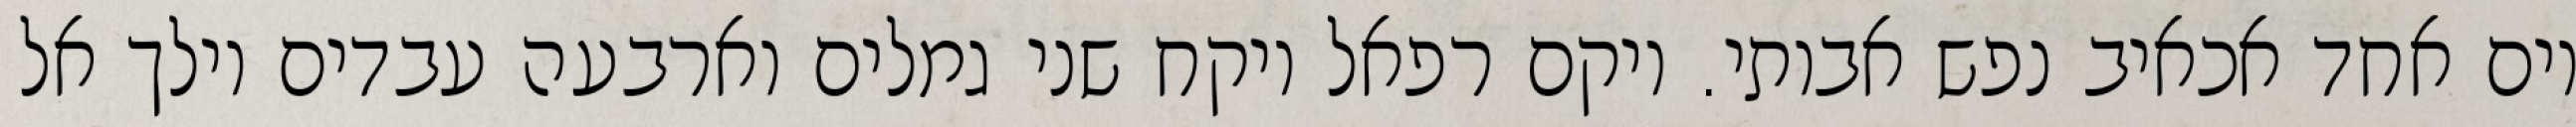
יום אחד אכאיב נפש אבותי. ויקם רפאל ויקח שני גמלים וארבעה עבדים וילך אל